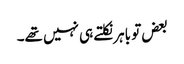
بعض تو باہر نکلتے ہی نہیں تھے۔